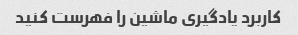
کاربرد یادگیری ماشین را فهرست کنید